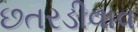
છતરડીવાવ